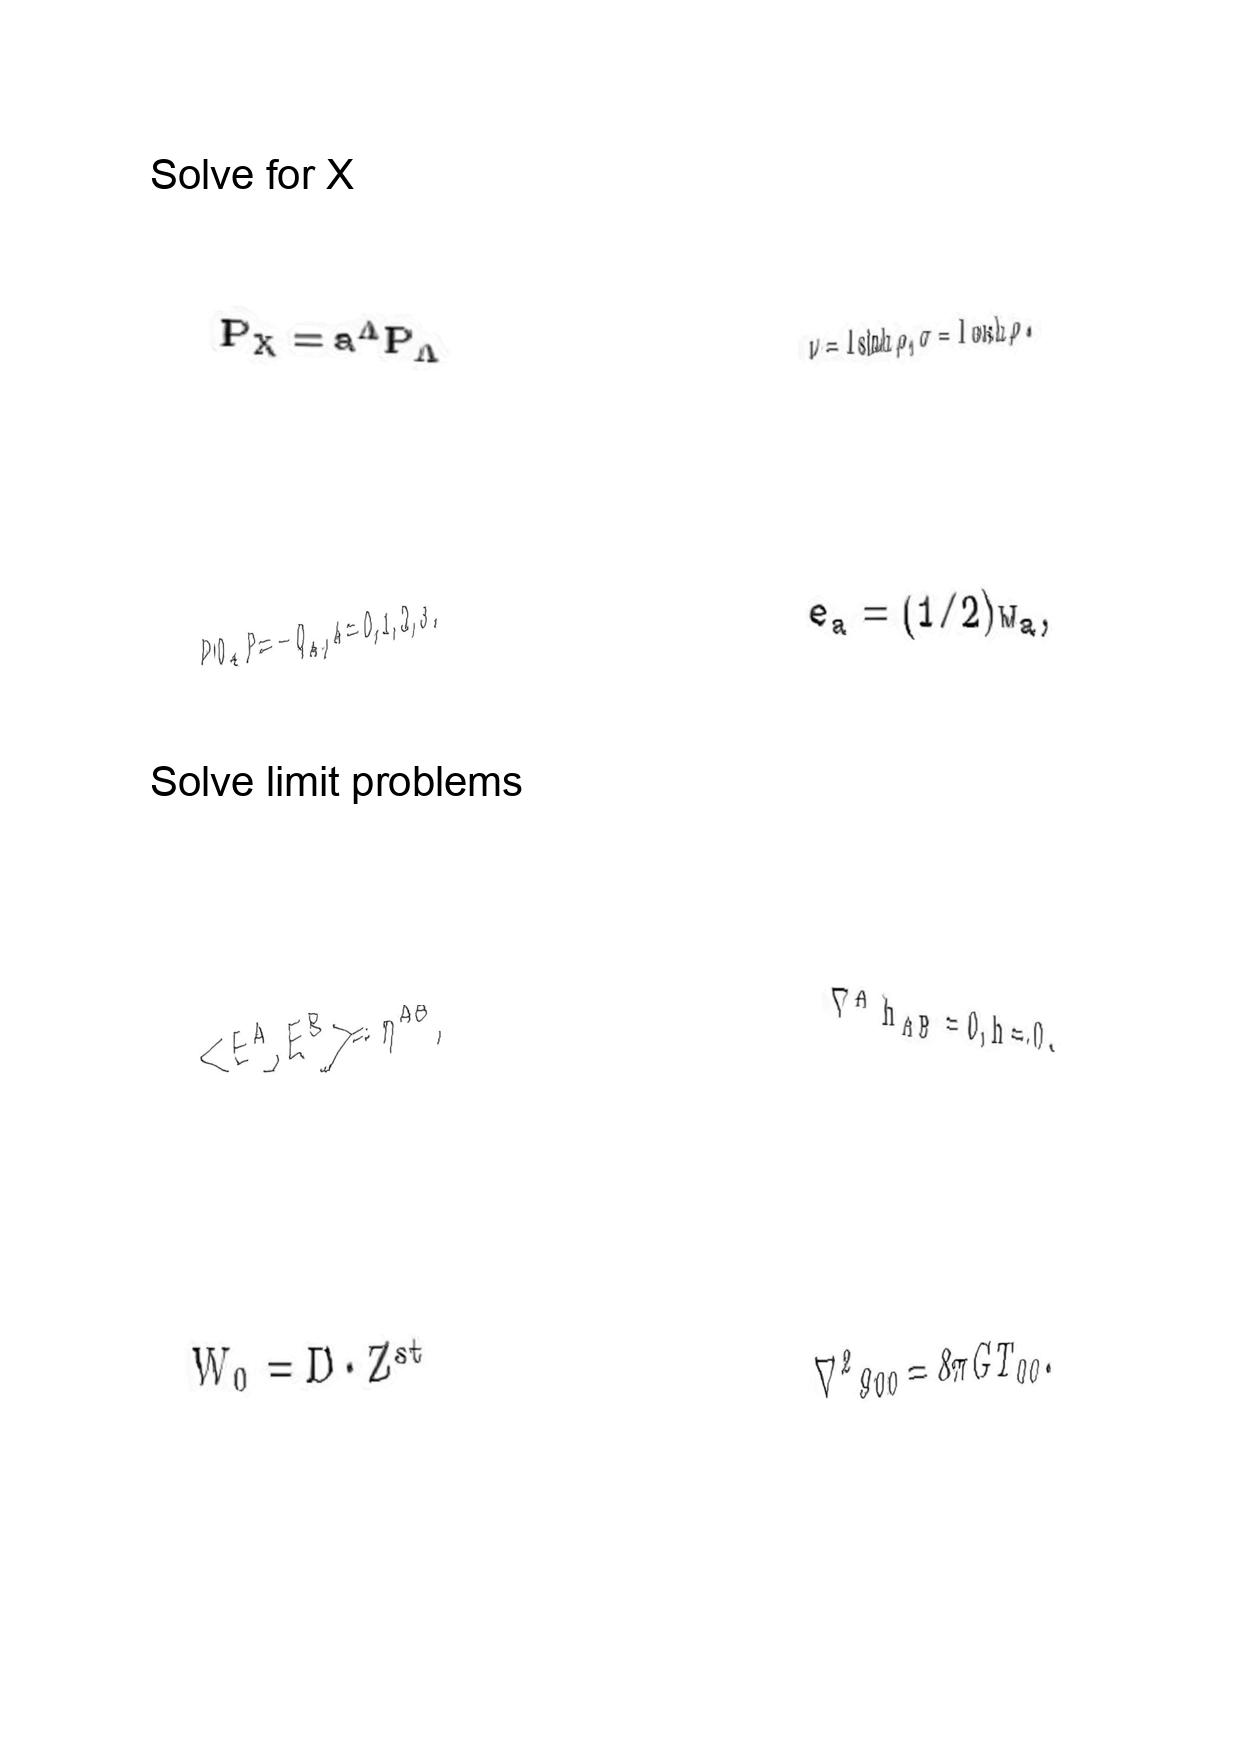
LaTeX transcription:
P _ { X } = a ^ { \Lambda } P _ { \Lambda }
P Q _ { A } P = - Q _ { A } , A = 0 , 1 , 2 , 3 .
\lt E ^ { A } , E ^ { B } \gt = \eta ^ { A B } ,
W _ { 0 } = D \cdot Z ^ { s t }
\nu = l \sinh \rho , \sigma = l \cosh \rho .
e _ { a } = \lparen 1 / 2 \rparen w _ { a } ,
\nabla ^ { A } h _ { A B } = 0 , h = 0 .
\nabla ^ { 2 } g _ { 0 0 } = 8 \pi G T _ { 0 0 } .